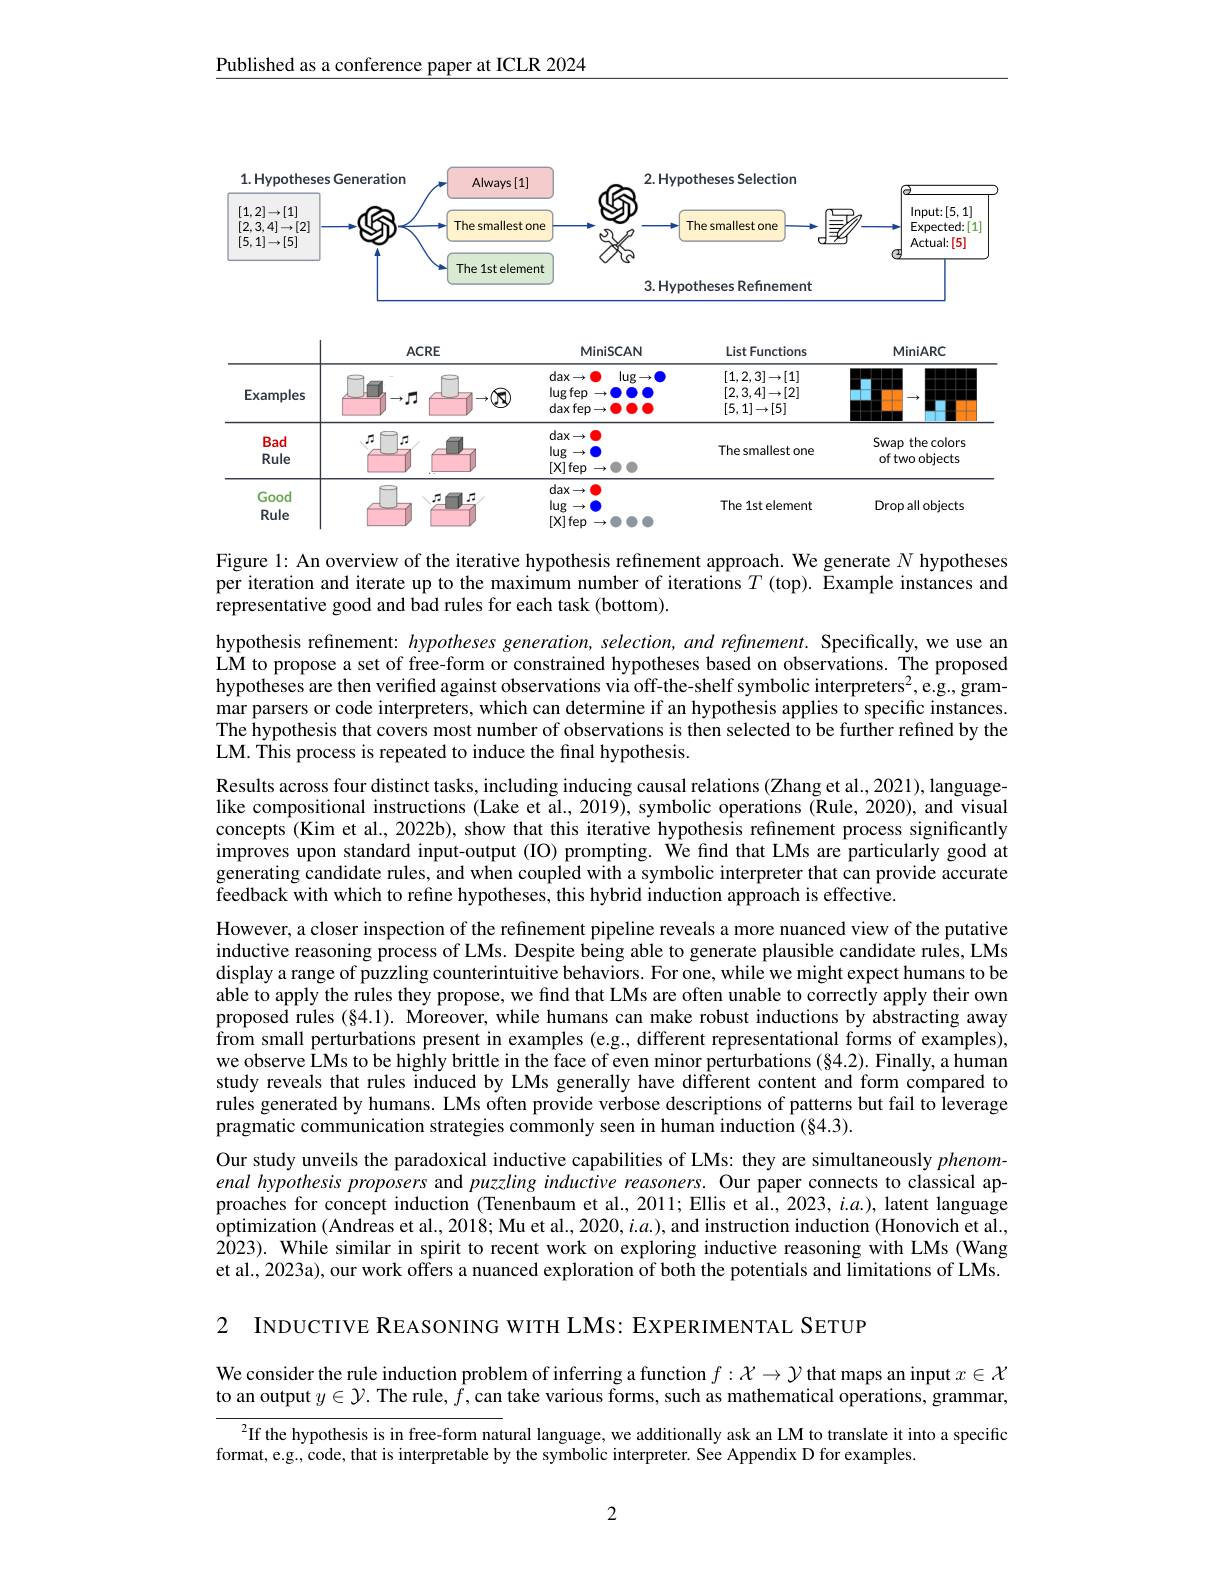
Published as a conference paper at ICLR 2024

<FigureHere>

Figure 1: An overview of the iterative hypothesis refinement approach. We generate $N$ hypotheses per iteration and iterate up to the maximum number of iterations $T$ (top). Example instances and representative good and bad rules for each task (bottom).

hypothesis refinement: hypotheses generation, selection, and refinement. Specifically, we use an LM to propose a set of free-form or constrained hypotheses based on observations. The proposed hypotheses are then verifed against observations via off-the-shelf symbolic interpreters$^2$,e.g.g. grammar parsers or code interpreters, which can determine if an hypothesis applies to specific instances The hypothesis that covers most number of observations is then selected to be further refined by the LM. This process is repeated to induce the final hypothesis.
Results across four distinct tasks, including inducing causal relations (Zhang et al., 2021), languagelike compositional instructions (Lake et al., 2019), symbolic operations ($\tilde{\text{Rule,2020),and visual}}$ concepts (Kim et al., 2022b), show that this iterative hypothesis refinement process significantly improves upon standard input-output (IO) prompting. We find that LMs are particularly good at generating candidate rules, and when coupled with a symbolic interpreter that can provide accurate feedback with which to refine hypotheses, this hybrid induction approach is effective.
However, a closer inspection of the refinement pipeline reveals a more nuanced view of the putative inductive reasoning process of LMs. Despite being able to generate plausible candidate rules, LMs display a range of puzzling counterintuitive behaviors. For one, while we might expect humans to be able to apply the rules they propose, we find that LMs are often unable to correctly apply their own proposed rules (§4.1). Moreover, while humans can make robust inductions by abstracting away $\hat{\text{from small perturbations present in examples (e.g, different representational forms of examples),}}$ we observe LMs to be highly brittle in the face of even minor perturbations (§4.2). Finally, a human study reveals that rules induced by LMs generally have different content and form compared to rules generated by humans. LMs often provide verbose descriptions of patterns but fail to leverage pragmatic communication strategies commonly seen in human induction (§4.3).
Our study unveils the paradoxical inductive capabilities of LMs: they are simultaneously phenomenal hypothesis proposers and puzzling inductive reasoners. Our paper connects to classical approaches for concept induction (Tenenbaum et al., 2011; Ellis et al., 2023, i.a.), latent language optimization (Andreas et al., 2018; Mu et al., 2020, i. a.), and instruction induction ( Honovich et al., 2023). While similar in spirit to recent work on exploring inductive reasoning with LMs (Wang et al., 2023a), our work offers a nuanced exploration of both the potentials and limitations of LMs.

2

INDUCTIVE REASONING WITH LMS: EXPERIMENTAL SETUP

We consider the rule induction problem of inferring a function $f:\mathcal{X}\to\mathcal{Y}$ that maps an input $x\in\mathcal{X}$ to an output $y\in\mathcal{Y}$. The rule, $\bar{f}$,can take various forms, such as mathematical operations, grammar,

$^2$If the hypothesis is in free-form natural language, we additionally ask an LM to translate it into a specific

format, e.g., code, that is interpretable by the symbolic interpreter. See Appendix D for examples.

2